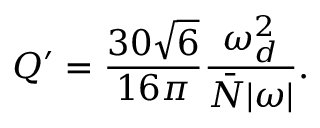
Q ^ { \prime } = \frac { 3 0 \sqrt { 6 } } { 1 6 \pi } \frac { \omega _ { d } ^ { 2 } } { \bar { N } | \omega | } .